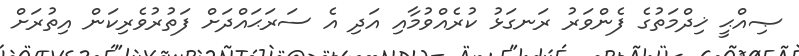
ޞިއްޙީ ޚިދްމަތުގެ ފެންވަރު ރަނގަޅު ކުރެއްވުމާއި އަދި އެ ސަރަޙައްދަށް ފަތުރުވެރިކަން އިތުރަށް